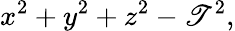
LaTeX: x^{2}+y^{2}+z^{2}-\mathscr{T}^{2},